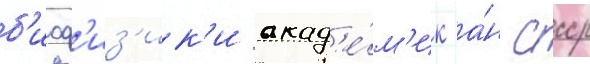
б'иоф'из'ик'и акад'е́м'ик а́н ссср